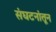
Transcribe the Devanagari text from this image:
संघटनांतून